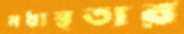
মধ্যস্থতার